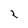
Character: 2